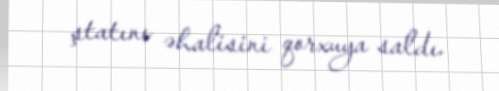
ştatını əhalisini qorxuya saldı.